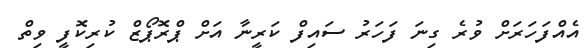
އެއްފަހަރަށް ވުރެ ގިނަ ފަހަރު ސައިފް ކަރީނާ އަށް ޕްރޮޕޯޒް ކުރިކޮފީ ވިތް